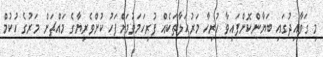
މި ގަވާއިދުގައި ބަޔާންކޮށްފައިވާ ހުރިހާ މަރުހަލާތަކެއް ފުރިހަމަވުމަށްފަހު ކުށްވެރިޔާގެ މައްޗަށް މަރުގެ ހުކުމް